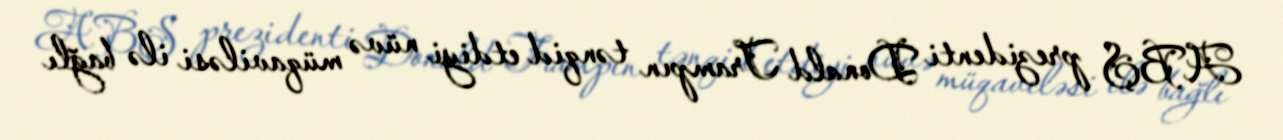
ABŞ prezidenti Donald Trampın tənqid etdiyi nüvə müqaviləsi ilə bağlı